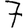
Digit: 7